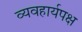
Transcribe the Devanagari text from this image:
व्यवहार्यपक्ष